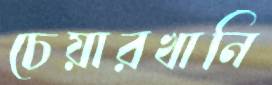
চেয়ারখানি